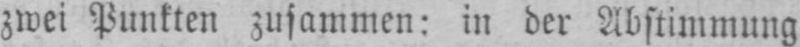
zwei Punkten zusammen: in der Abstimmung